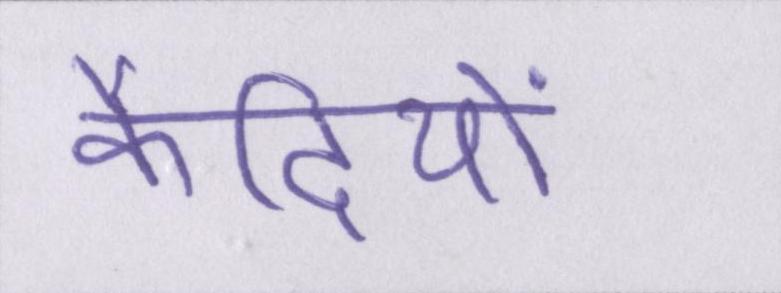
कैदियों